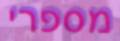
מספרי